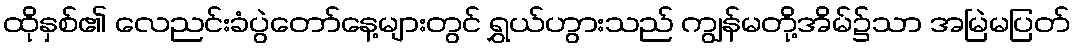
ထိုနှစ်၏ လေညင်းခံပွဲတော်နေ့များတွင် ရွှယ်ဟွားသည် ကျွန်မတို့အိမ်၌သာ အမြဲမပြတ်